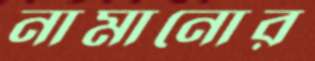
নামানোর